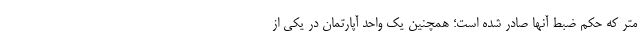
متر که حکم ضبط آنها صادر شده است؛ همچنین یک واحد آپارتمان در یکی از